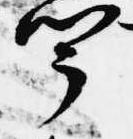
聞